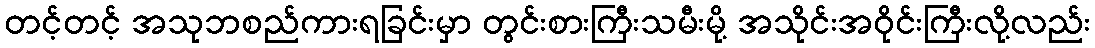
တင့်တင့် အသုဘစည်ကားရခြင်းမှာ တွင်းစားကြီးသမီးမို့ အသိုင်းအဝိုင်းကြီးလို့လည်း